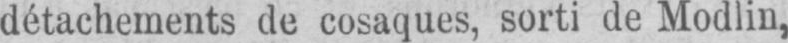
détachements de cosaques, sorti de Modlin,